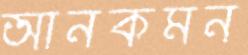
আনকমন